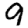
Digit: 9